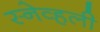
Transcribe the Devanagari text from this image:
स्नेव्हली